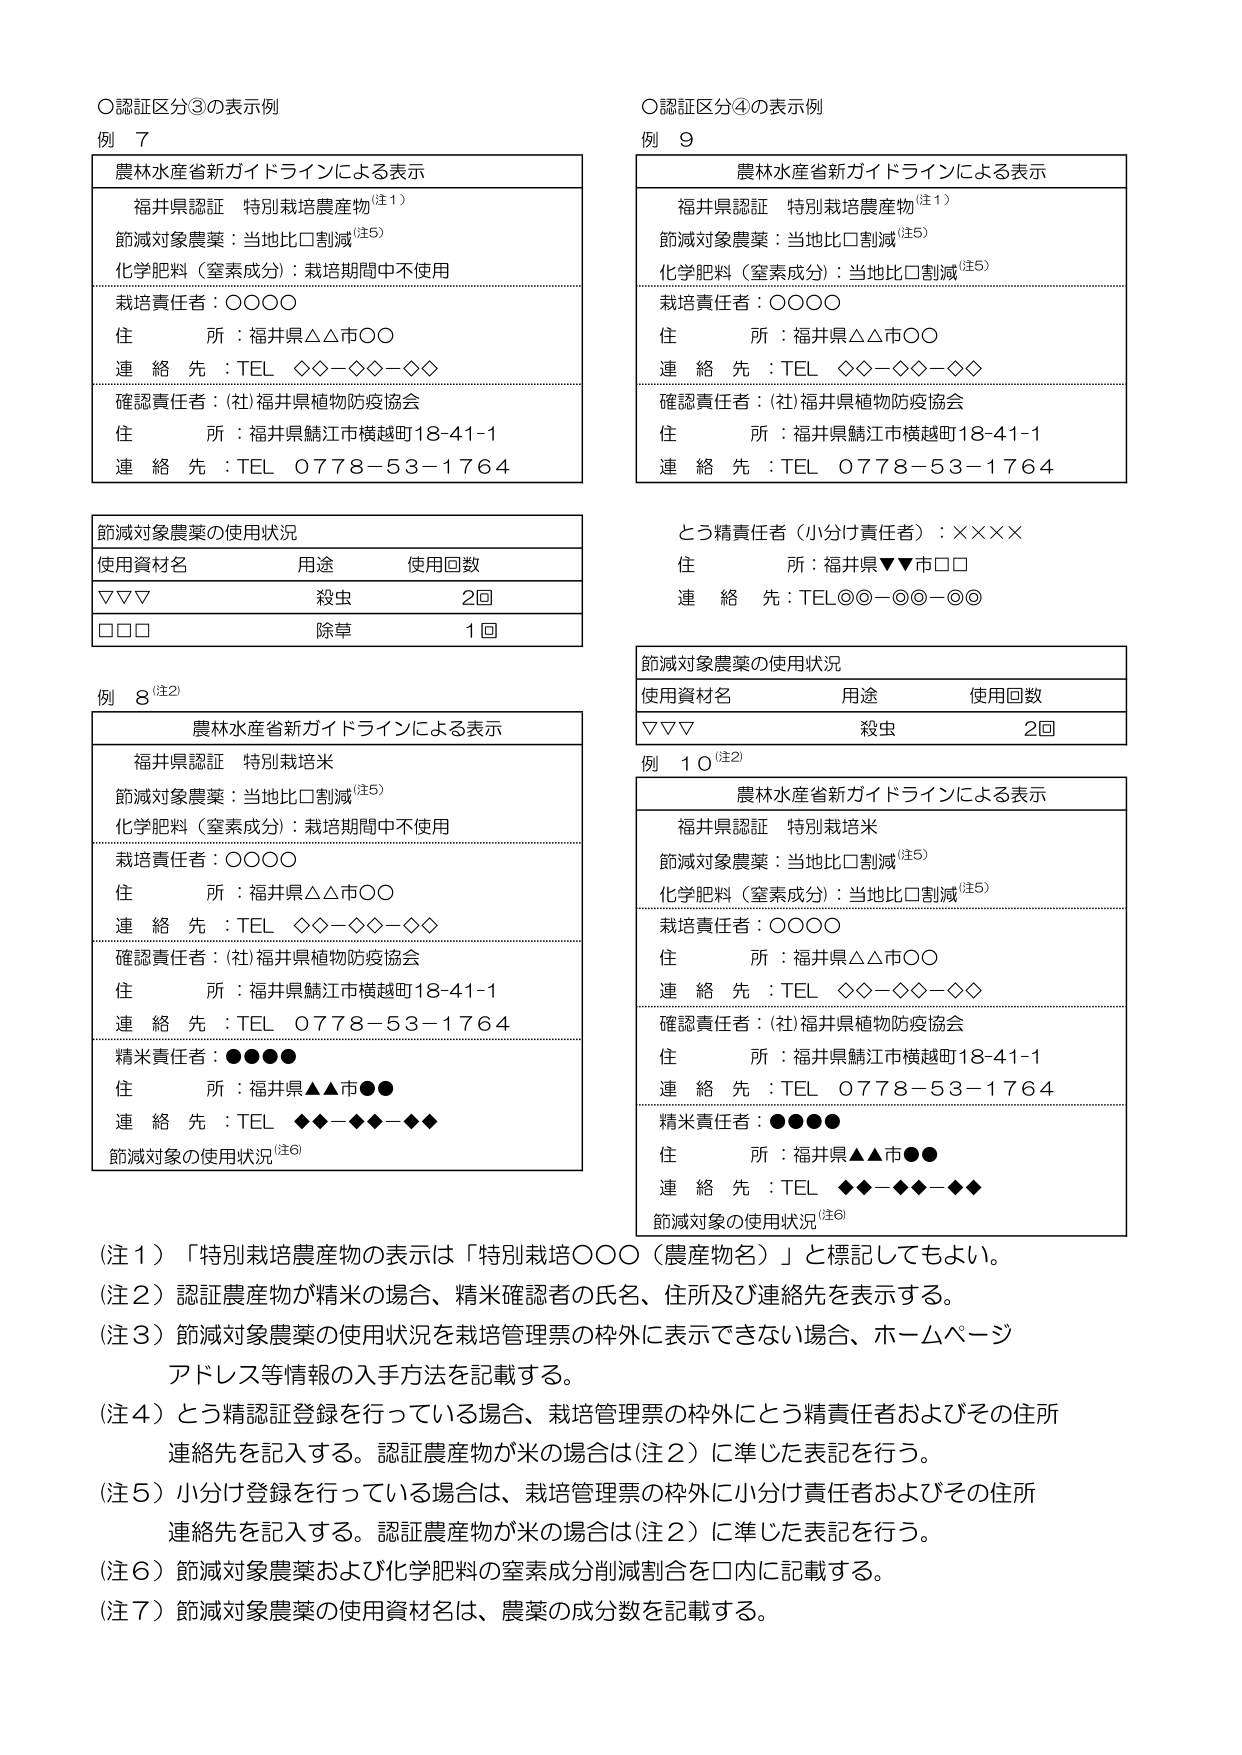
〇認証区分③の表示例
例 7
農林水産省新ガイドラインによる表示
福井県認証 特別栽培農産物（注1）
節減対象農薬：当地比□割減（注5）
化学肥料（窒素成分）：栽培期間中不使用
栽培責任者：○○○○
住所：福井県△△市○○
連絡先：TEL ◇◇－◇◇－◇◇
確認責任者：(社)福井県植物防疫協会
住所：福井県鯖江市横越町18-41-1
連絡先：TEL 0778－53－1764

節減対象農薬の使用状況
使用資材名　用途　使用回数
▽▽▽　殺虫　2回
□□□　除草　1回

例 8（注2）
農林水産省新ガイドラインによる表示
福井県認証 特別栽培米
節減対象農薬：当地比□割減（注5）
化学肥料（窒素成分）：栽培期間中不使用
栽培責任者：○○○○
住所：福井県△△市○○
連絡先：TEL ◇◇－◇◇－◇◇
確認責任者：(社)福井県植物防疫協会
住所：福井県鯖江市横越町18-41-1
連絡先：TEL 0778－53－1764
精米責任者：●●●●
住所：福井県▲▲市●●
連絡先：TEL ◆◆－◆◆－◆◆
節減対象の使用状況（注6）

〇認証区分④の表示例
例 9
農林水産省新ガイドラインによる表示
福井県認証 特別栽培農産物（注1）
節減対象農薬：当地比□割減（注5）
化学肥料（窒素成分）：当地比□割減（注5）
栽培責任者：○○○○
住所：福井県△△市○○
連絡先：TEL ◇◇－◇◇－◇◇
確認責任者：(社)福井県植物防疫協会
住所：福井県鯖江市横越町18-41-1
連絡先：TEL 0778－53－1764

とう精責任者（小分け責任者）：××××
住所：福井県▼▼市□□
連絡先：TEL◎◎－◎◎－◎◎

節減対象農薬の使用状況
使用資材名　用途　使用回数
▽▽▽　殺虫　2回

例 10（注2）
農林水産省新ガイドラインによる表示
福井県認証 特別栽培米
節減対象農薬：当地比□割減（注5）
化学肥料（窒素成分）：当地比□割減（注5）
栽培責任者：○○○○
住所：福井県△△市○○
連絡先：TEL ◇◇－◇◇－◇◇
確認責任者：(社)福井県植物防疫協会
住所：福井県鯖江市横越町18-41-1
連絡先：TEL 0778－53－1764
精米責任者：●●●●
住所：福井県▲▲市●●
連絡先：TEL ◆◆－◆◆－◆◆
節減対象の使用状況（注6）

（注1）「特別栽培農産物の表示は「特別栽培○○○（農産物名）」と標記してもよい。
（注2）認証農産物が精米の場合、精米確認者の氏名、住所及び連絡先を表示する。
（注3）節減対象農薬の使用状況を栽培管理票の枠外に表示できない場合、ホームページアドレス等情報の入手方法を記載する。
（注4）とう精認証登録を行っている場合、栽培管理票の枠外にとう精責任者およびその住所連絡先を記入する。認証農産物が米の場合は（注2）に準じた表記を行う。
（注5）小分け登録を行っている場合は、栽培管理票の枠外に小分け責任者およびその住所連絡先を記入する。認証農産物が米の場合は（注2）に準じた表記を行う。
（注6）節減対象農薬および化学肥料の窒素成分削減割合を□内に記載する。
（注7）節減対象農薬の使用資材名は、農薬の成分数を記載する。